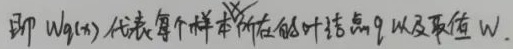
即 \(w_q(x)\) 代表每个样本所在的叶节点 \(q\) 以及取值 \(w\).